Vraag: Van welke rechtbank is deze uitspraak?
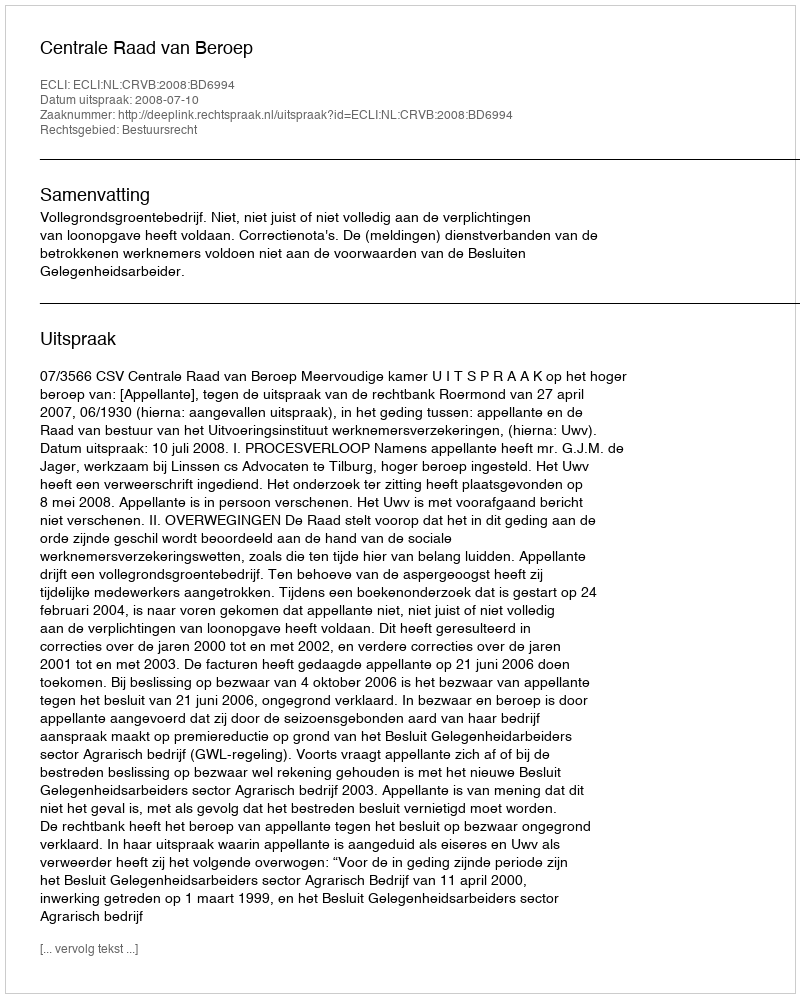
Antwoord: Centrale Raad van Beroep